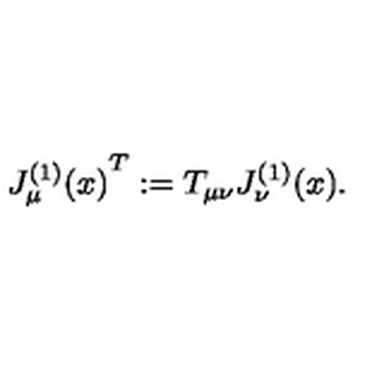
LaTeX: { J _ { \mu } ^ { ( 1 ) } ( x ) } ^ { T } : = T _ { \mu \nu } J _ { \nu } ^ { ( 1 ) } ( x ) .